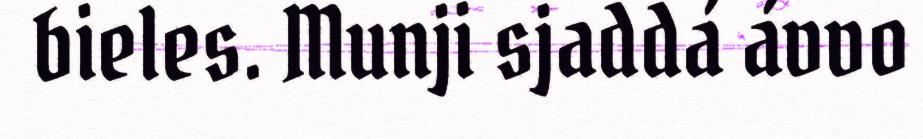
bieles. Munji sjaddá ávvo